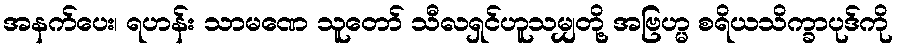
အနက်ပေး၊ ရဟန်း သာမဏေ သူတော် သီလရှင်ဟူသမျှတို့ အဗြဟ္မ စရိယသိက္ခာပုဒ်ကို